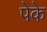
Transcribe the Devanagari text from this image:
पेके